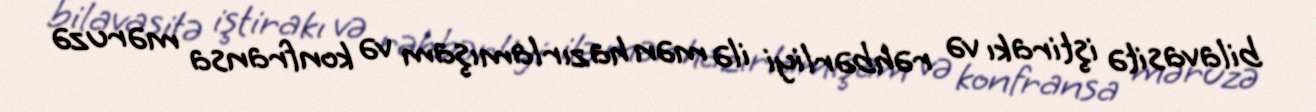
bilavasitə iştirakı və rəhbərliyi ilə mən hazırlamışam və konfransa məruzə